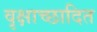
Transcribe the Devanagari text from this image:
वृक्षाच्छादित